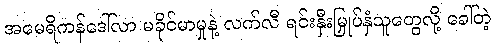
အမေရိကန်ဒေါ်လာ မခိုင်မာမှုနဲ့ လက်လီ ရင်းနှီးမြှုပ်နှံသူတွေလို့ ခေါ်တဲ့